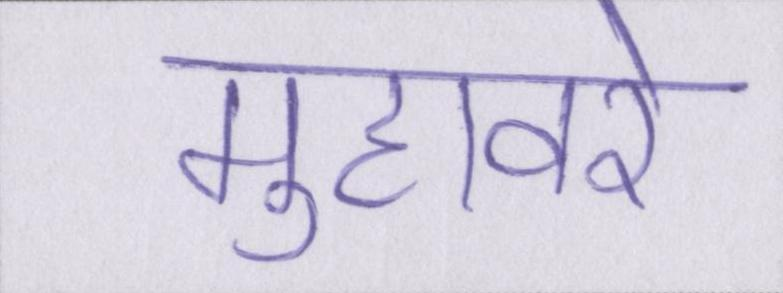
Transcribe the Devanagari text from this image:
मुहावरे